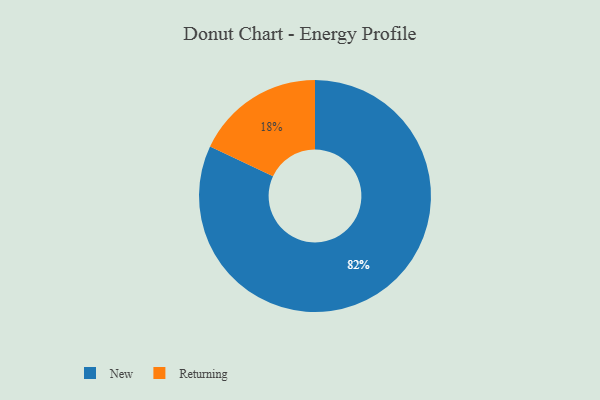
{"axis": {"x": "Category", "y": "Percentage"}, "legend": ["New", "Returning"], "data": [{"x": "New", "y": 82, "type": "New"}, {"x": "Returning", "y": 18, "type": "Returning"}]}